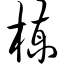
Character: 楝